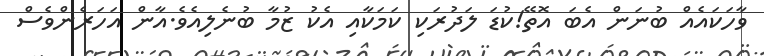
ވާހަކައެއް ބުނަން އެބަ އޮތޭ!ކުޑަ ލަދުރަކި ކަމަކާއި އެކު ޒުމާ ބުނެލިއެވެ.އާން އަހަރެންވެސް